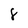
Character: 8